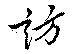
訪